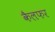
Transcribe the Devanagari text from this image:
कैलफर